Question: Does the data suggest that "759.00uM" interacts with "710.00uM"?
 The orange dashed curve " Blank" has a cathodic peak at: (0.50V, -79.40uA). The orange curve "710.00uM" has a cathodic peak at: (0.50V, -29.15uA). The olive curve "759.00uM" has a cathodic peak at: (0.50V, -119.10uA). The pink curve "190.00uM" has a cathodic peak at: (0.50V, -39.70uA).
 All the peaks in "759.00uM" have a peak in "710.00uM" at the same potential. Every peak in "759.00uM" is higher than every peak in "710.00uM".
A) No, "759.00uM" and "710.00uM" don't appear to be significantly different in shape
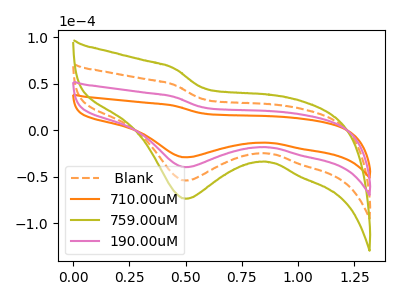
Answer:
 <answer>A) No, "759.00uM" and "710.00uM" don't appear to be significantly different in shape</answer>
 <eval>A</eval>